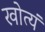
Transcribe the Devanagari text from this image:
खोत्यं